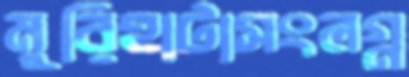
মুরিহাটাসংলগ্ন